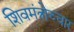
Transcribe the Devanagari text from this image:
शिवमंत्रोच्चार